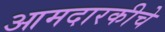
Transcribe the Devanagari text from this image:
आमदारकीचे